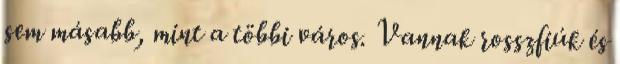
sem másabb, mint a többi város. Vannak rosszfiúk és